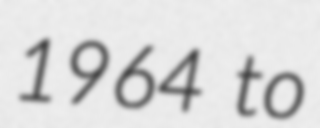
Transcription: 1964 to